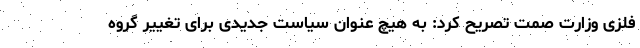
فلزی وزارت صمت تصریح کرد: به هیچ عنوان سیاست جدیدی برای تغییر گروه